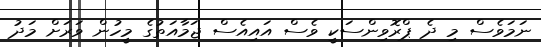
ނަމަވެސް މި ދެ ޕްރޮވިންސަކީ ވެސް އައިއެސް ޖަމާއަތުގެ މީހުން ވަރަށް މަދު